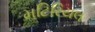
મટિરિયલ